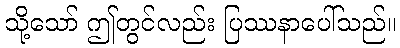
သို့သော် ဤတွင်လည်း ပြဿနာပေါ်သည်။